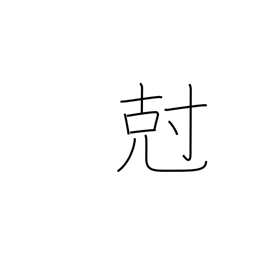
Meaning: subdue